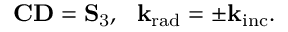
\mathrm { { \mathbf { C D } } = \mathbf { S } _ { 3 } , ~ ~ \mathbf { k } _ { \mathrm { { r a d } } } = \pm \mathbf { k } _ { \mathrm { { i n c } } } . }